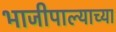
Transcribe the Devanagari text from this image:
भाजीपाल्याच्या